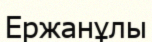
Ержанұлы